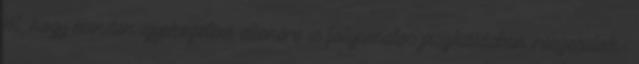
jól, hogy minden igyekezetem ellenére is folyamatos piszkálásban részesülök.-